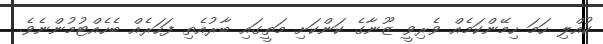
ކުއްލި ހަމަ ހިމޭންކަމެއް ވެރިވީ ޒޫނާގެ ކަންކަށި މަތީގައި ބާރުއެތި ފަހަރެއް ބެހެއްޓުމުންނެވެ.